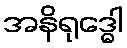
အနိရုဒ္ဓေါ